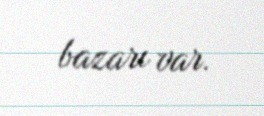
bazarı var.